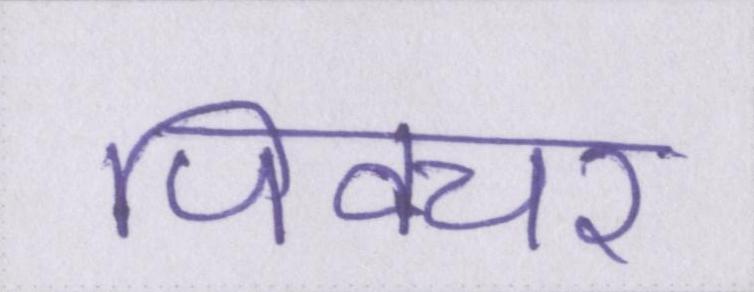
पिक्चर